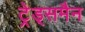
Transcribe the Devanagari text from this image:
ट्रेड्समैन